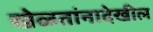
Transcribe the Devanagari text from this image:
खेळतांनादेखील